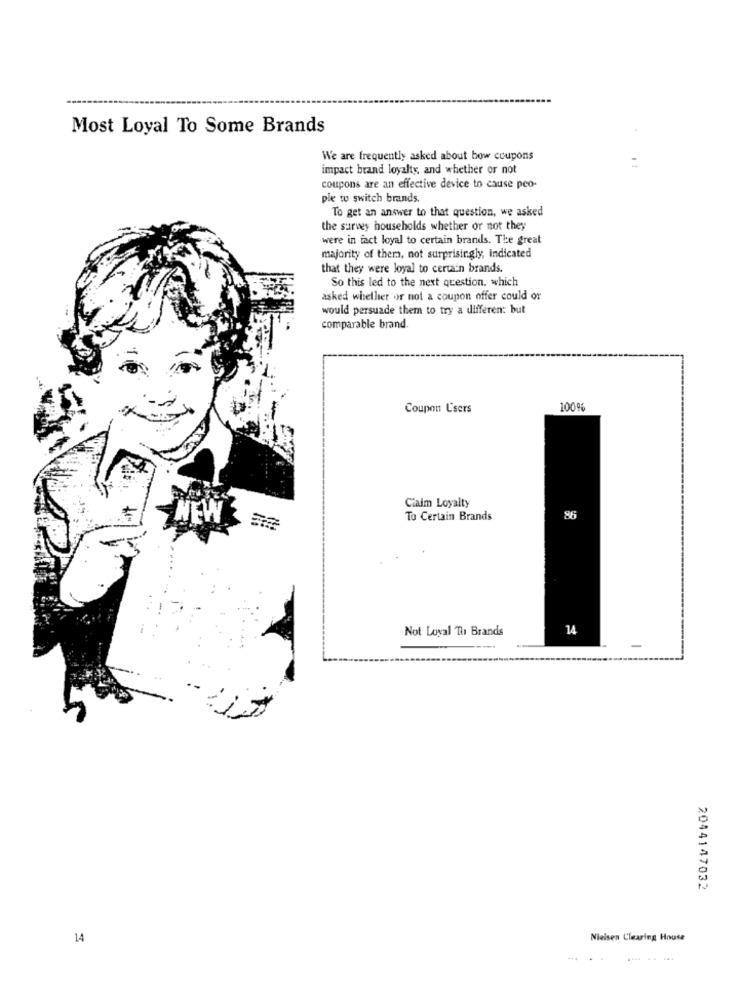
Most Loyal To Some Brands
We are frequently asked about bow coupons
impact brand loyalty, and whether or not
coupons are an effective device to cause peo-
ple to switch brands.
To get an answer to that question, we asked
the survey households whether or not they
were in fact loyal to certain brands. The great
majority of them, not surprisingly, indicated
that they were loyal to certa'n brands.
So this led to the next question, which
asked whether or not a coupon offer could or
would persuade them to try a differen: but
comparable brand.
Coupon Users
100%
Claim Loyalty
NEW
To Certain Brands
Not Loyal Th Brands
14
-
2044147032
14
Nielsen Clearing House
-.. .